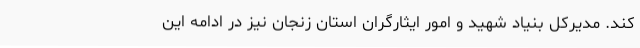
کند. مدیرکل بنیاد شهید و امور ایثارگران استان زنجان نیز در ادامه این